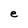
Character: e